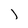
Character: j